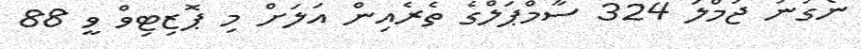
ނެގުނު ޖުމްލަ 324 ސާމްޕަލްގެ ތެރެއިން އަލަށް މި ޕޮޒިޓިވް ވީ 88